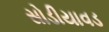
સોડીયાવડ